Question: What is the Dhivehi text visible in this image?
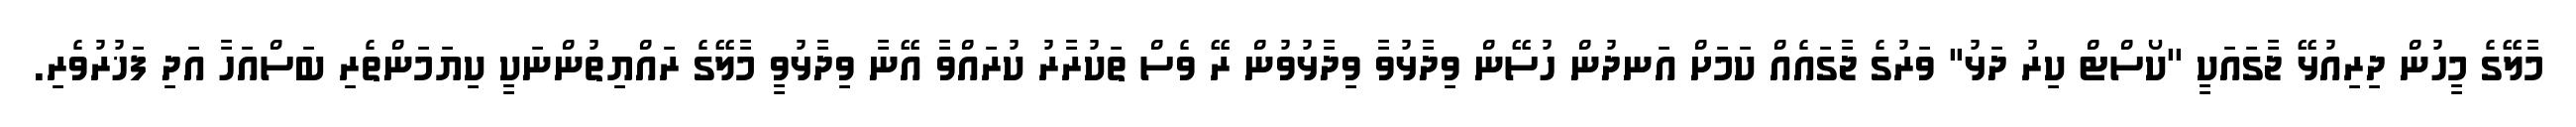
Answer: މާލޭގެ މީހުން ދިރިއުޅޭ ޖާގައަކީ ''ކޯސްޓް ކިރު ދަޅު'' ވަރުގެ ޖާގައެއް ކަމަށް އަނދުން ހުސޭން ވިދާޅުވާ ވިދާޅުވުން ރޭ ވެސް ތަކުރާރު ކުރައްވާ އޭނާ ވިދާޅުވީ މާލޭގެ ރައްޔިތުންނަކީ ކިޔަމަންތެރި ބަސްއަހާ އަދި ފަޚުރުވެރި.